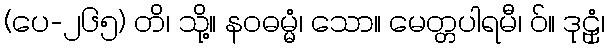
(ပေ-၂၆၅) တိ၊ သို့။ နဝဓမ္မံ၊ သော။ မေတ္တပါရမီ၊ ဝ်။ ဒုဠှံ၊